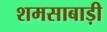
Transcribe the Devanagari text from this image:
शमसाबाड़ी